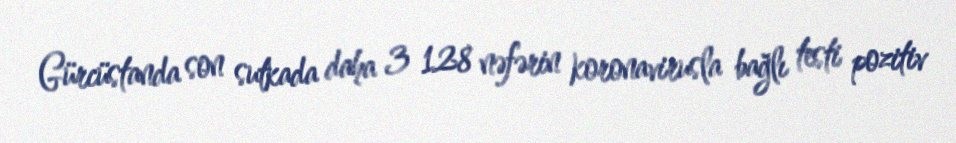
Gürcüstanda son sutkada daha 3 128 nəfərin koronavirusla bağlı testi pozitiv